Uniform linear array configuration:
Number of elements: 4
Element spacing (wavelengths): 0.5
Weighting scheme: exponential
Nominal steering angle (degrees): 15
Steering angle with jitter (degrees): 16.96
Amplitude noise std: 0.05
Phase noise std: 0.05

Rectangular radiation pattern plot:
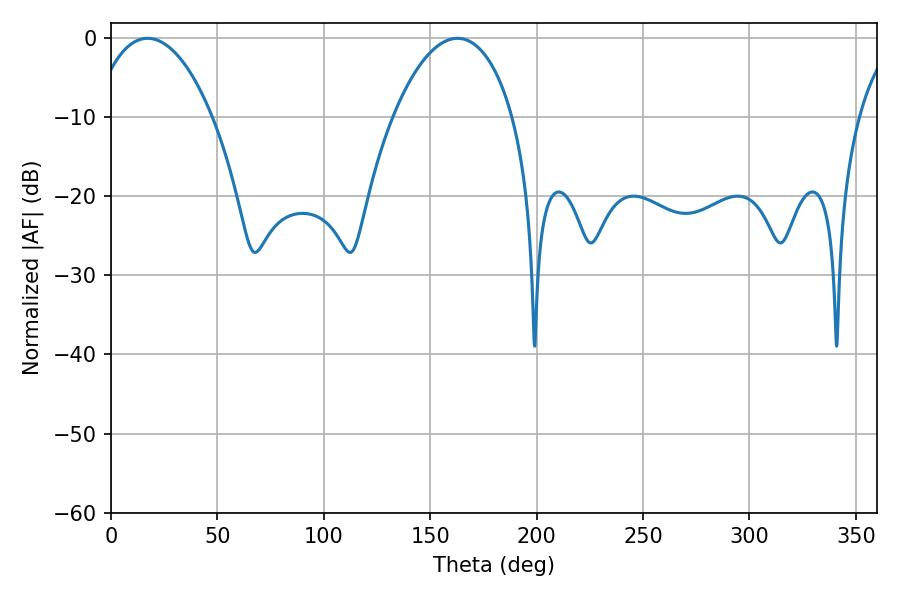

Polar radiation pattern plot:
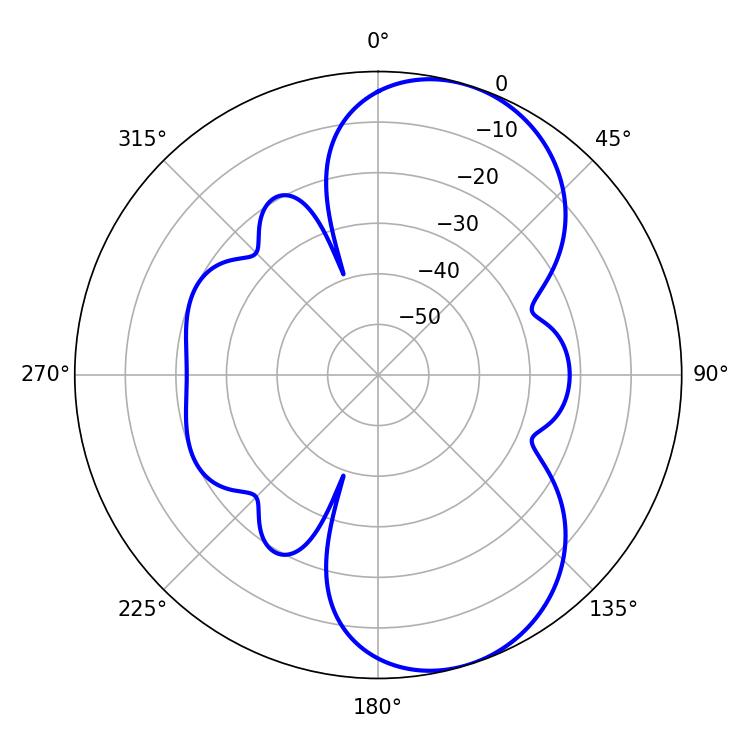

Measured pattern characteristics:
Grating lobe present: FALSE
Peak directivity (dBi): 7.529
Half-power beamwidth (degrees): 31.68
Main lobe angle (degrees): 17.1